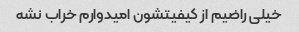
خیلی راضیم از کیفیتشون امیدوارم خراب نشه